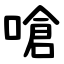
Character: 嗆